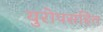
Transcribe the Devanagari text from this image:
युरोपसहित